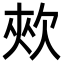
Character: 㰰